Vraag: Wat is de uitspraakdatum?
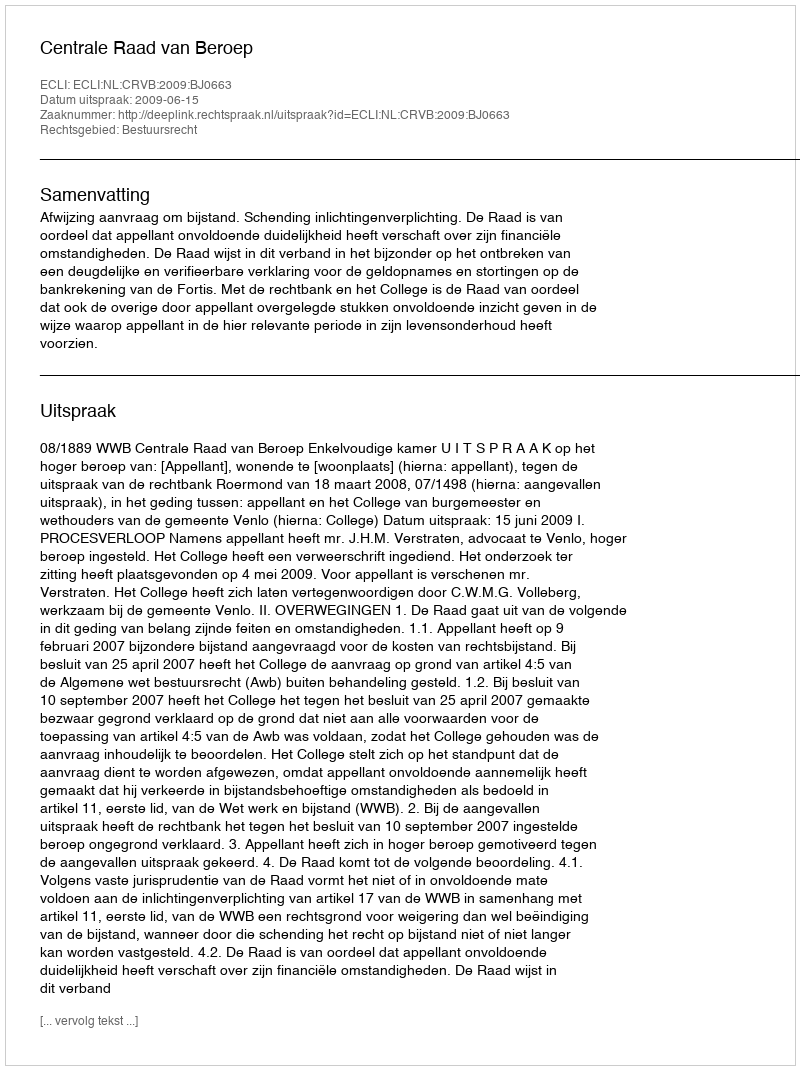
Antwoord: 2009-06-15